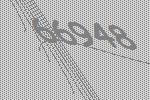
66948